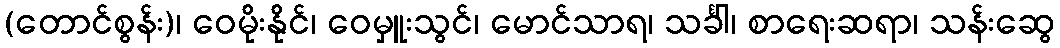
(တောင်စွန်း)၊ ဝေမိုးနိုင်၊ ဝေမှူးသွင်၊ မောင်သာရ၊ သင်္ခါ၊ စာရေးဆရာ၊ သန်းဆွေ